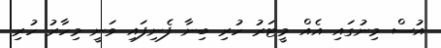
އުސް މިނުގައި އެއް މީޓަރު ހުރި ބިނާ ފެނިފައި ވަނީ މިހާރު ހުރި